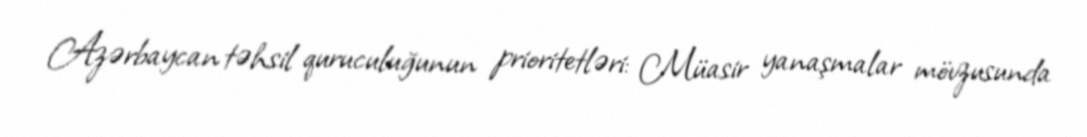
Azərbaycan təhsil quruculuğunun prioritetləri: Müasir yanaşmalar mövzusunda